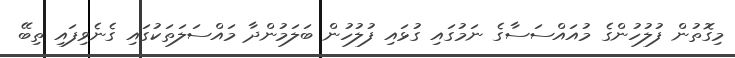
މިގޮތުން ފުލުހުންގެ މުއައްސަސާގެ ނަމުގައި ގުޅައި ފުލުހުން ބަލަމުންދާ މައްސަލަތަކުގައި ގެނެވިފައި ތިބޭ